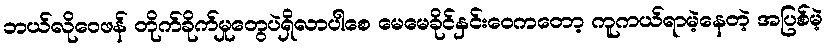
ဘယ်လိုဝေဖန် တိုက်ခိုက်မှုတွေပဲရှိလာပါစေ မေမေခိုင်နှင်းဝေကတော့ ကူကယ်ရာမဲ့နေတဲ့ အပြစ်မဲ့